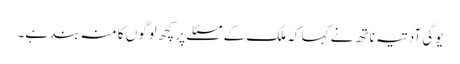
یوگی آدتیہ ناتھ نے کہا کہ ملک کے مسئلے پر کچھ لوگوں کا منہ بند ہے۔